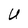
Character: U